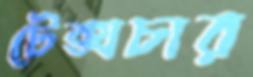
টেক্সচার